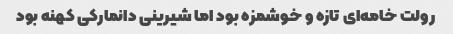
رولت خامه‌ای تازه و خوشمزه بود اما شیرینی دانمارکی کهنه بود